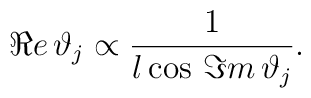
\Re e\, \vartheta _{j}\propto \frac{1}{l\cos \, \Im m\, \vartheta _{j}}.